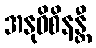
အနုဝိစိနန္တီ